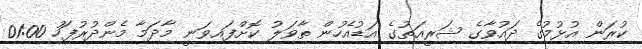
ކުރަން އުޅުމުގެ ދައުވާގެ ޝަރީއަތުގެ އަޑުއެހުން ތާވަލު ކޮށްފައިވަނީ މާދަމާ މެންދުރުފަހު 01:00